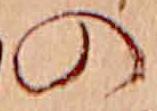
の